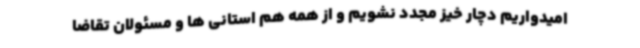
امیدواریم دچار خیز مجدد نشویم و از همه هم استانی ها و مسئولان تقاضا